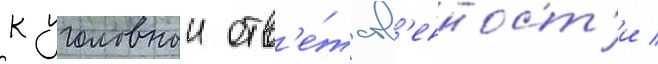
к уголовнои отв'е́тств'енност'и /